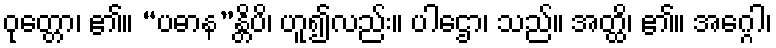
ဝုတ္တော၊ ၏။ “ပဓာန”န္တိပိ၊ ဟူ၍လည်း။ ပါဌော၊ သည်။ အတ္ထိ၊ ၏။ အဂ္ဂေါ၊